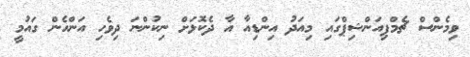
ވިމެންސް ޗެމްޕިއަންޝިޕްގައި މިއަދު އިންޑިއާ އާ ދެކޮޅަށް ނިކުންނަ ދިވެހި އަންހެން ގައުމީ